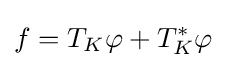
\displaystyle {f=T_{K}\varphi +T_{K}^{*}\varphi }